Bréfritari: Björn Friðgeirsson
Viðtakandi: Einar Friðgeirsson
Dagsetning: A-1889-12-25
Skrifað á: Víðivöllum  S-Þing.
Bróðir Einars?

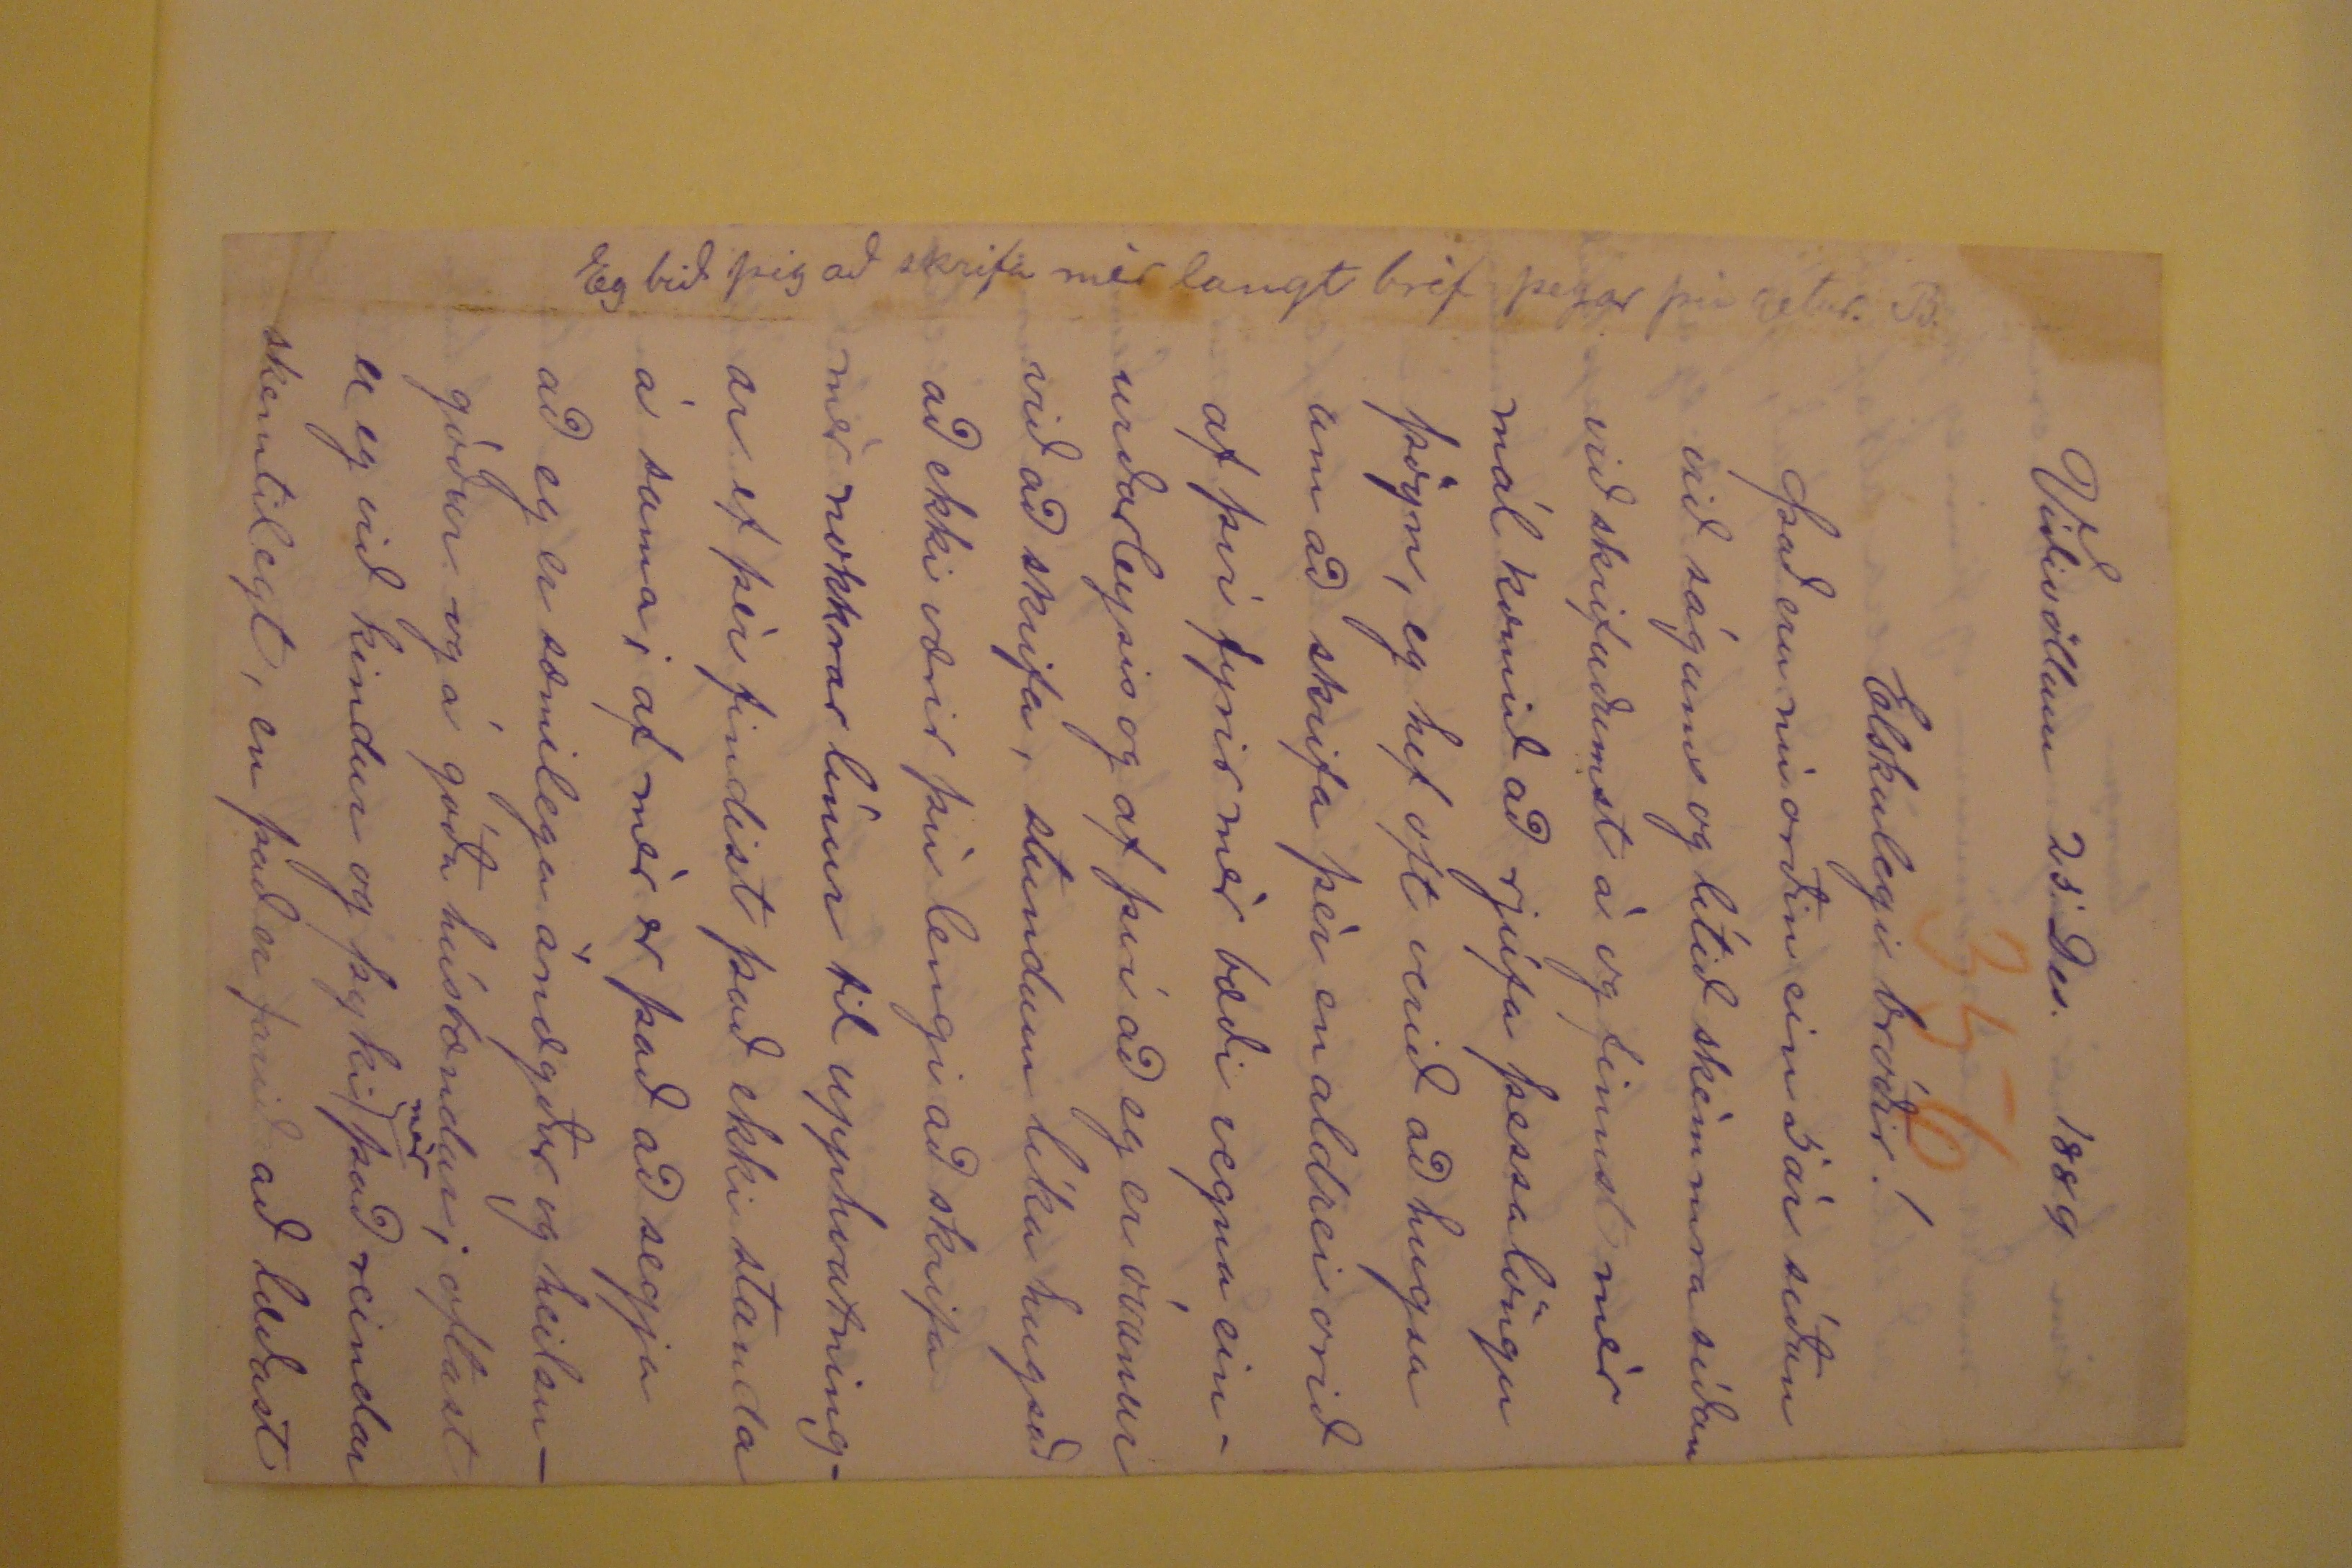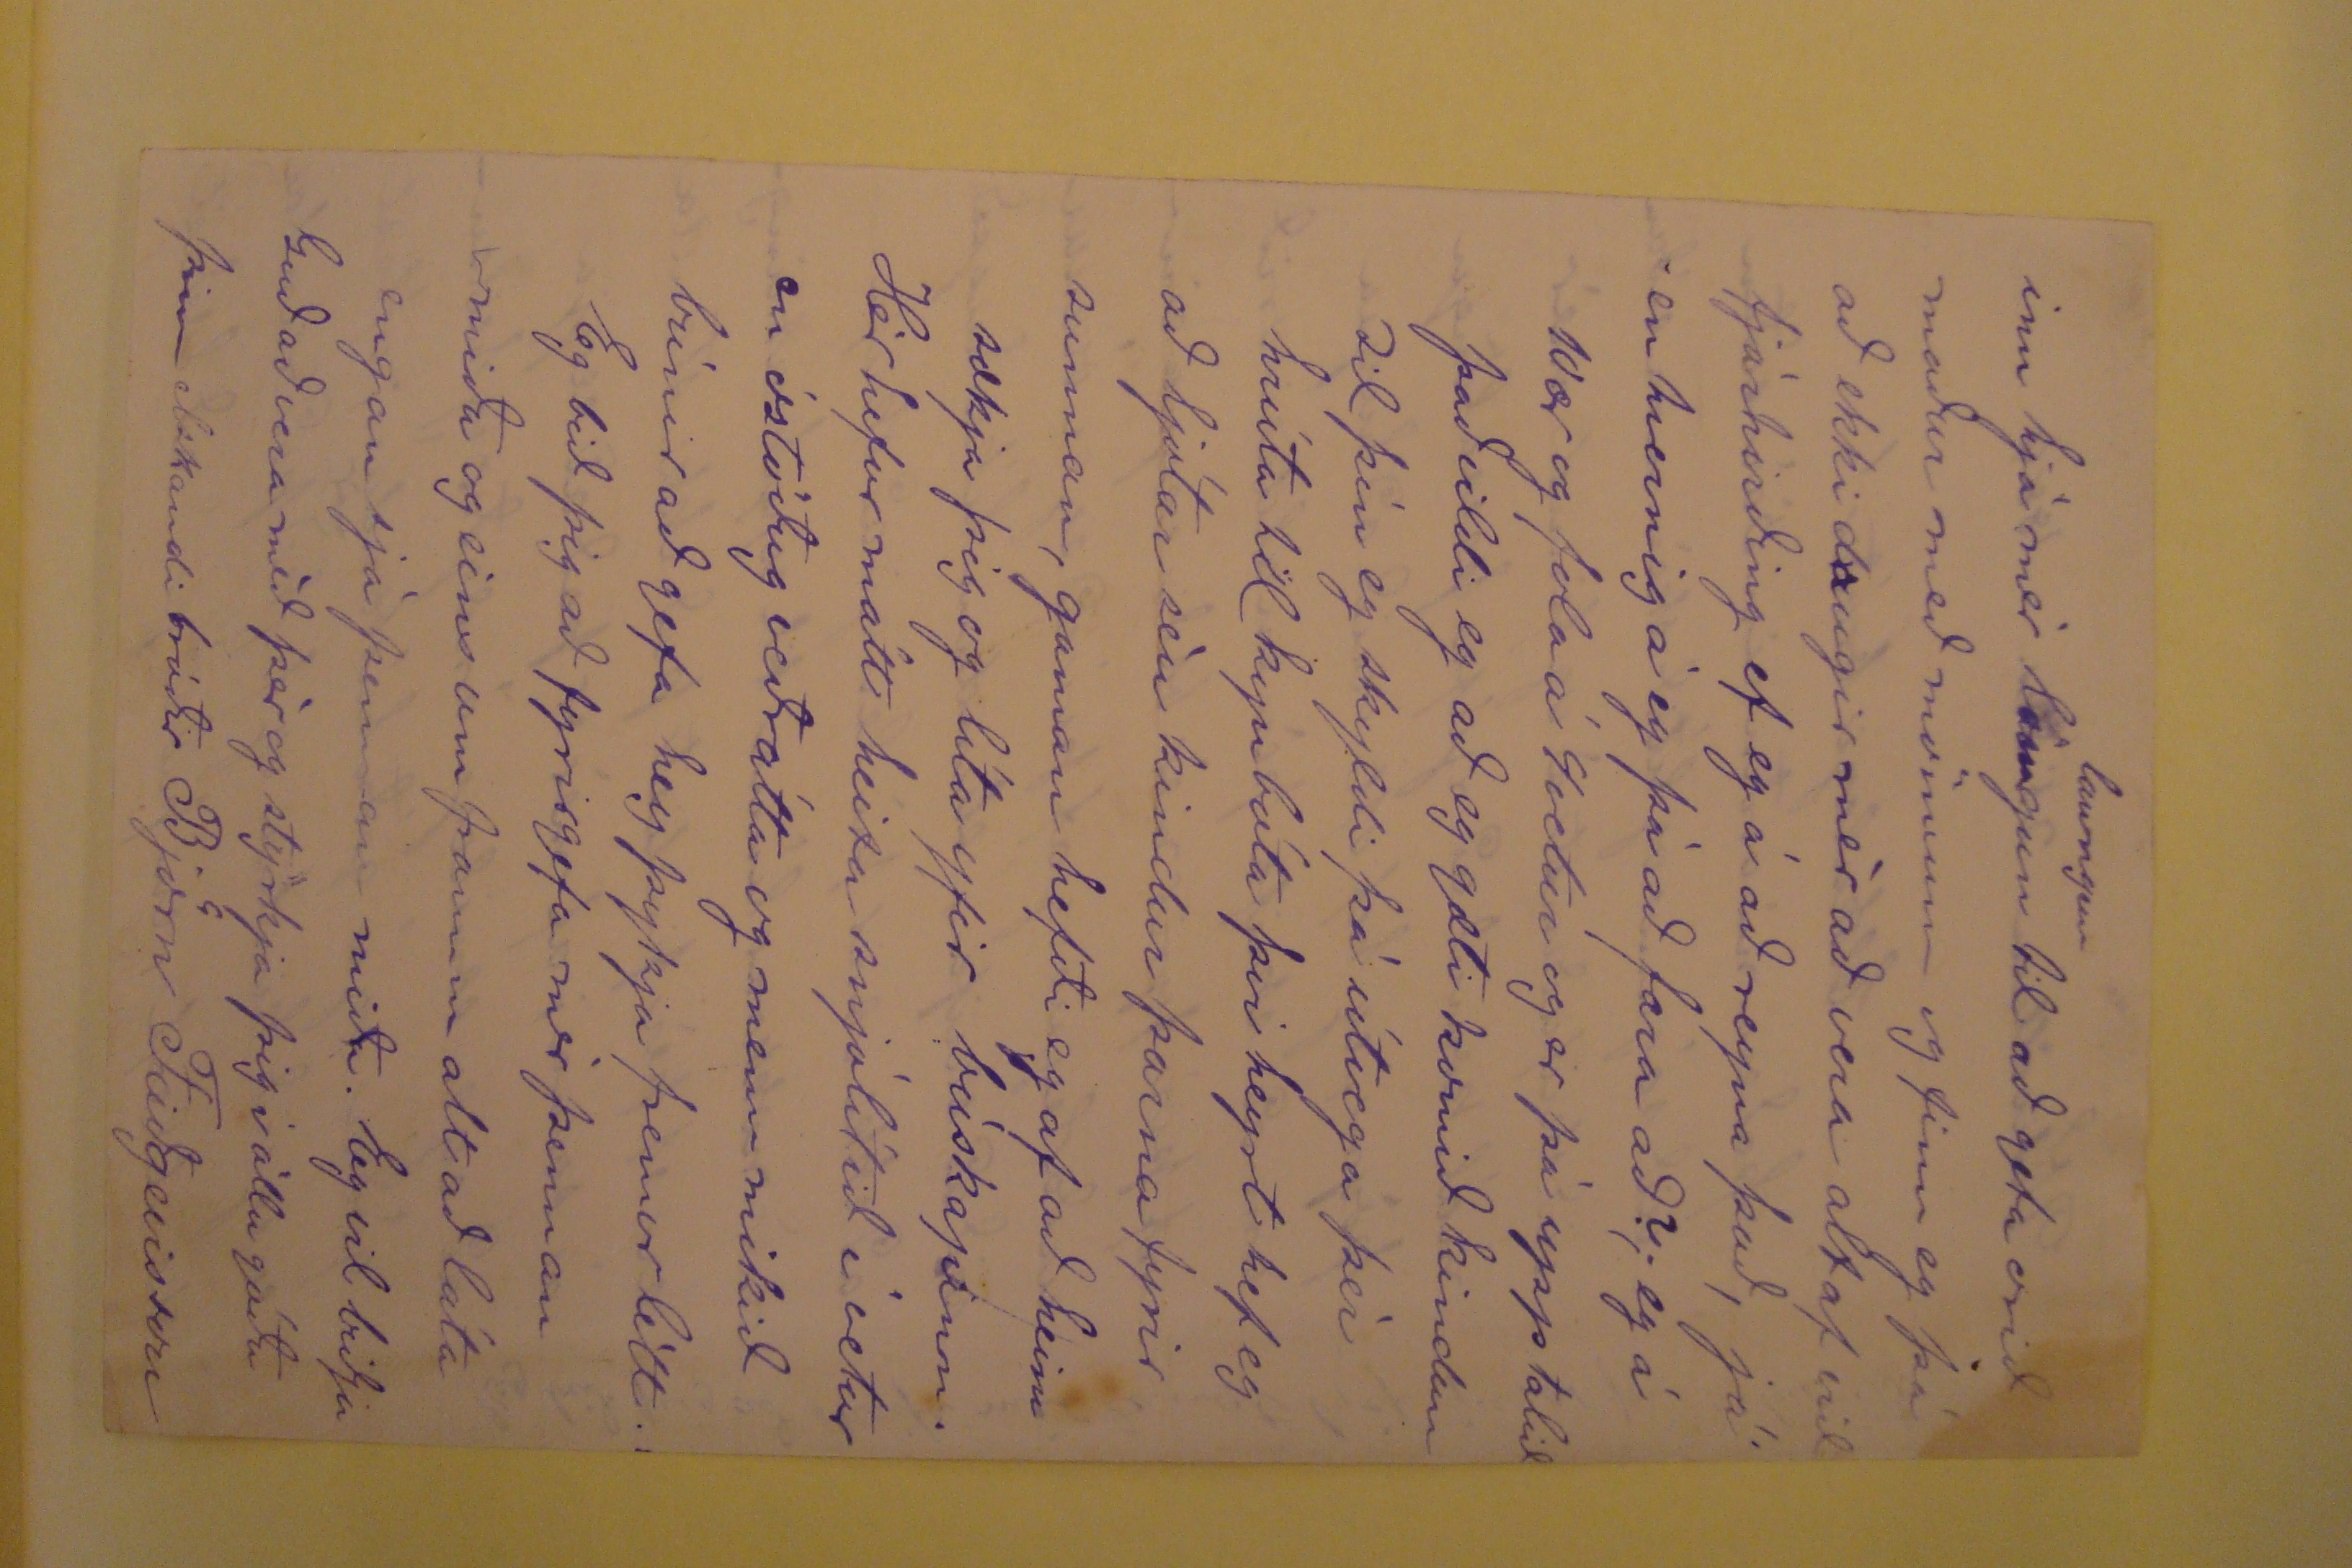

Víðivöllum 25. Des. 1889
Elskulegi bróðir!
Það eru nú orðin ein 5 ár síðan við ságums og lítið skémmra síðan við skrifuðumst á og finnst mér mál komið að rjúfa þessa löngu þögn, eg hef oft verið að
hugsa um að skrifa þér en aldrei orið af því fyrfir mér bæði vegna einurðarleysis og af því að eg er óvanur við að skrifa, stundum líka hugsað að ekki værir þú lengi að
skrifa mér nokkrar línur til upphvatningar ef þér findist það ekki standa á sama; af mér er það að segja að eg er sæmilega ánægður og heilsugóður og á góða
húsbændur; oftast er eg við kondur og þyki
mér
það reindar skemtilegt, en það er farið að læðast
place="leftmargin">Eg bið þig að skrifa mér langt bréf þegar þú getur. B.
inn hjá mér
löngun
laungun
til að geta orið meðan með mönnum og finn eg þá að ekki
d
a
ugir mér að vera altaf við fjárhirðing ef eg á að reyna það, já en hvernig á eg þá að far að?; eg á 10ær og fola á 4vetur
og er þá upp talið það vildi eg að eg gæti komið kindum til þín eg skyldi þá útvega þér hrúta til kynbóta þvi heyrt hef eg að ljótar séu kondur þarna fyrir sunnan,
gaman hefði eg af að heimsækja þig og líka yfir búskapinn. Hér hefur mátt heita snjólitið í vetur en óstöðug veðrátta og menn mikið búnir að gefa hey þykja fremur
létt. Eg bið þig að fyrirgefa mér þennan miða og eins um þamm alt að láta engan sjá þennan miða. Eg vil biðja Guð að vera méð þér og styrkja þig í öllu góðu þinn
elskandi bróðir Björn Friðgiersson